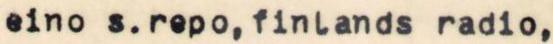
eino s.repo, finlands radio,